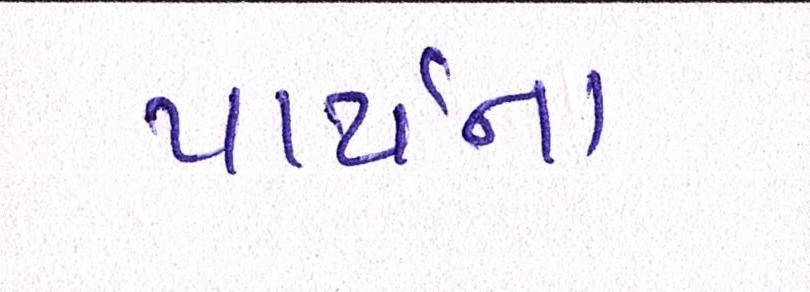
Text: પાર્થના